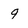
Character: 9